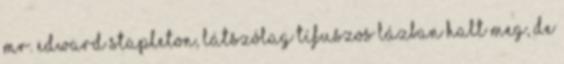
Mr. Edward Stapleton, látszólag tífuszos lázban halt meg, de